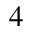
_ 4